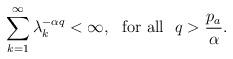
LaTeX: \begin{align*}\sum\limits_{k=1}^{\infty}\lambda_k^{-\alpha q}<\infty, \,\,\mbox{ for all }\,\,q>\frac{p_a}{\alpha}.\end{align*}